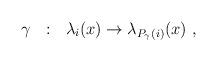
LaTeX: \begin{align*}\gamma~~:~~\lambda_i(x) \rightarrow \lambda_{P_{\gamma}(i)}(x)~,\end{align*}